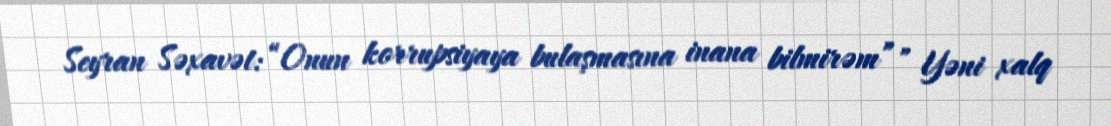
Seyran Səxavət: “Onun korrupsiyaya bulaşmasına inana bilmirəm”" Yəni xalq